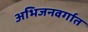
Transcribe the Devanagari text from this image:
अभिजनवर्गात